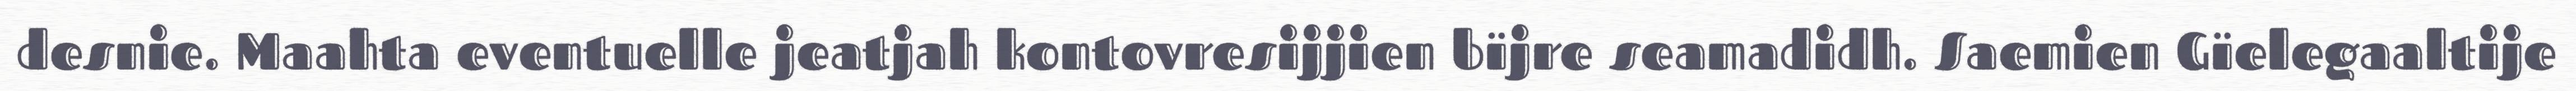
desnie. Maahta eventuelle jeatjah kontovresijjien bïjre seamadidh. Saemien Gïelegaaltije